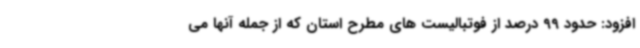
افزود: حدود 99 درصد از فوتبالیست های مطرح استان که از جمله آنها می